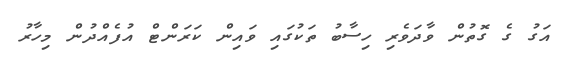
އަގު ގެ ގޮތުން ވާދަވެރި ހިސާބު ތަކުގައި ވައިން ކަރަންޓް އުފެއްދުން މިހާރު